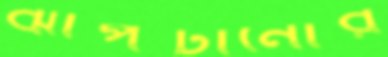
ঝাপটানোর